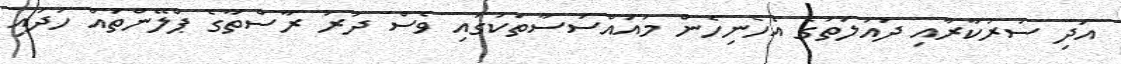
އަދި ސަރުކާރާއި ދައުލަތުގެ އެހެނިހެން މުއައްސަސާތަކުގައި ވެސް ދުރު ރާސްތާގެ ޕްލޭންތައް ހަދައި